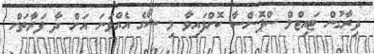
ދިރާގުން ޓައިޓްލް ސްޕޮންސާ ކޮށްފައިވާ މި ޝޯގެ އެއްވަނަ އަށް ދާ ފަރާތަށް